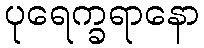
ပုရေက္ခရာနော